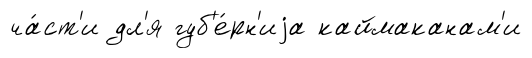
ча́ст'и дл'я губ'е́рн'иjа каймаканам'и